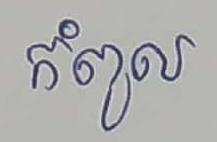
កំពូល